Source: Handwritten
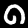
Digit: ၈ (8)